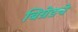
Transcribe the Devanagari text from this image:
बिग्रेडचे